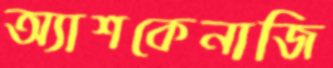
অ্যাশকেনাজি